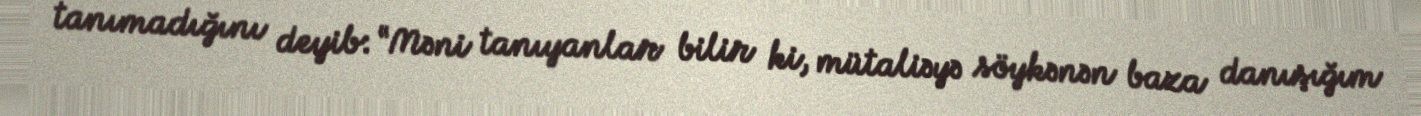
tanımadığını deyib: “Məni tanıyanlar bilir ki, mütaliəyə söykənən baza danışığım